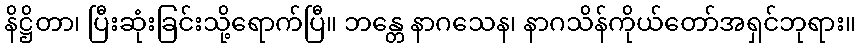
နိဋ္ဌိတာ၊ ပြီးဆုံးခြင်းသို့ရောက်ပြီ။ ဘန္တေ နာဂသေန၊ နာဂသိန်ကိုယ်တော်အရှင်ဘုရား။